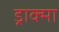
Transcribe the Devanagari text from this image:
ड्राक्मा